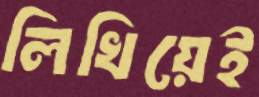
লিখিয়েই